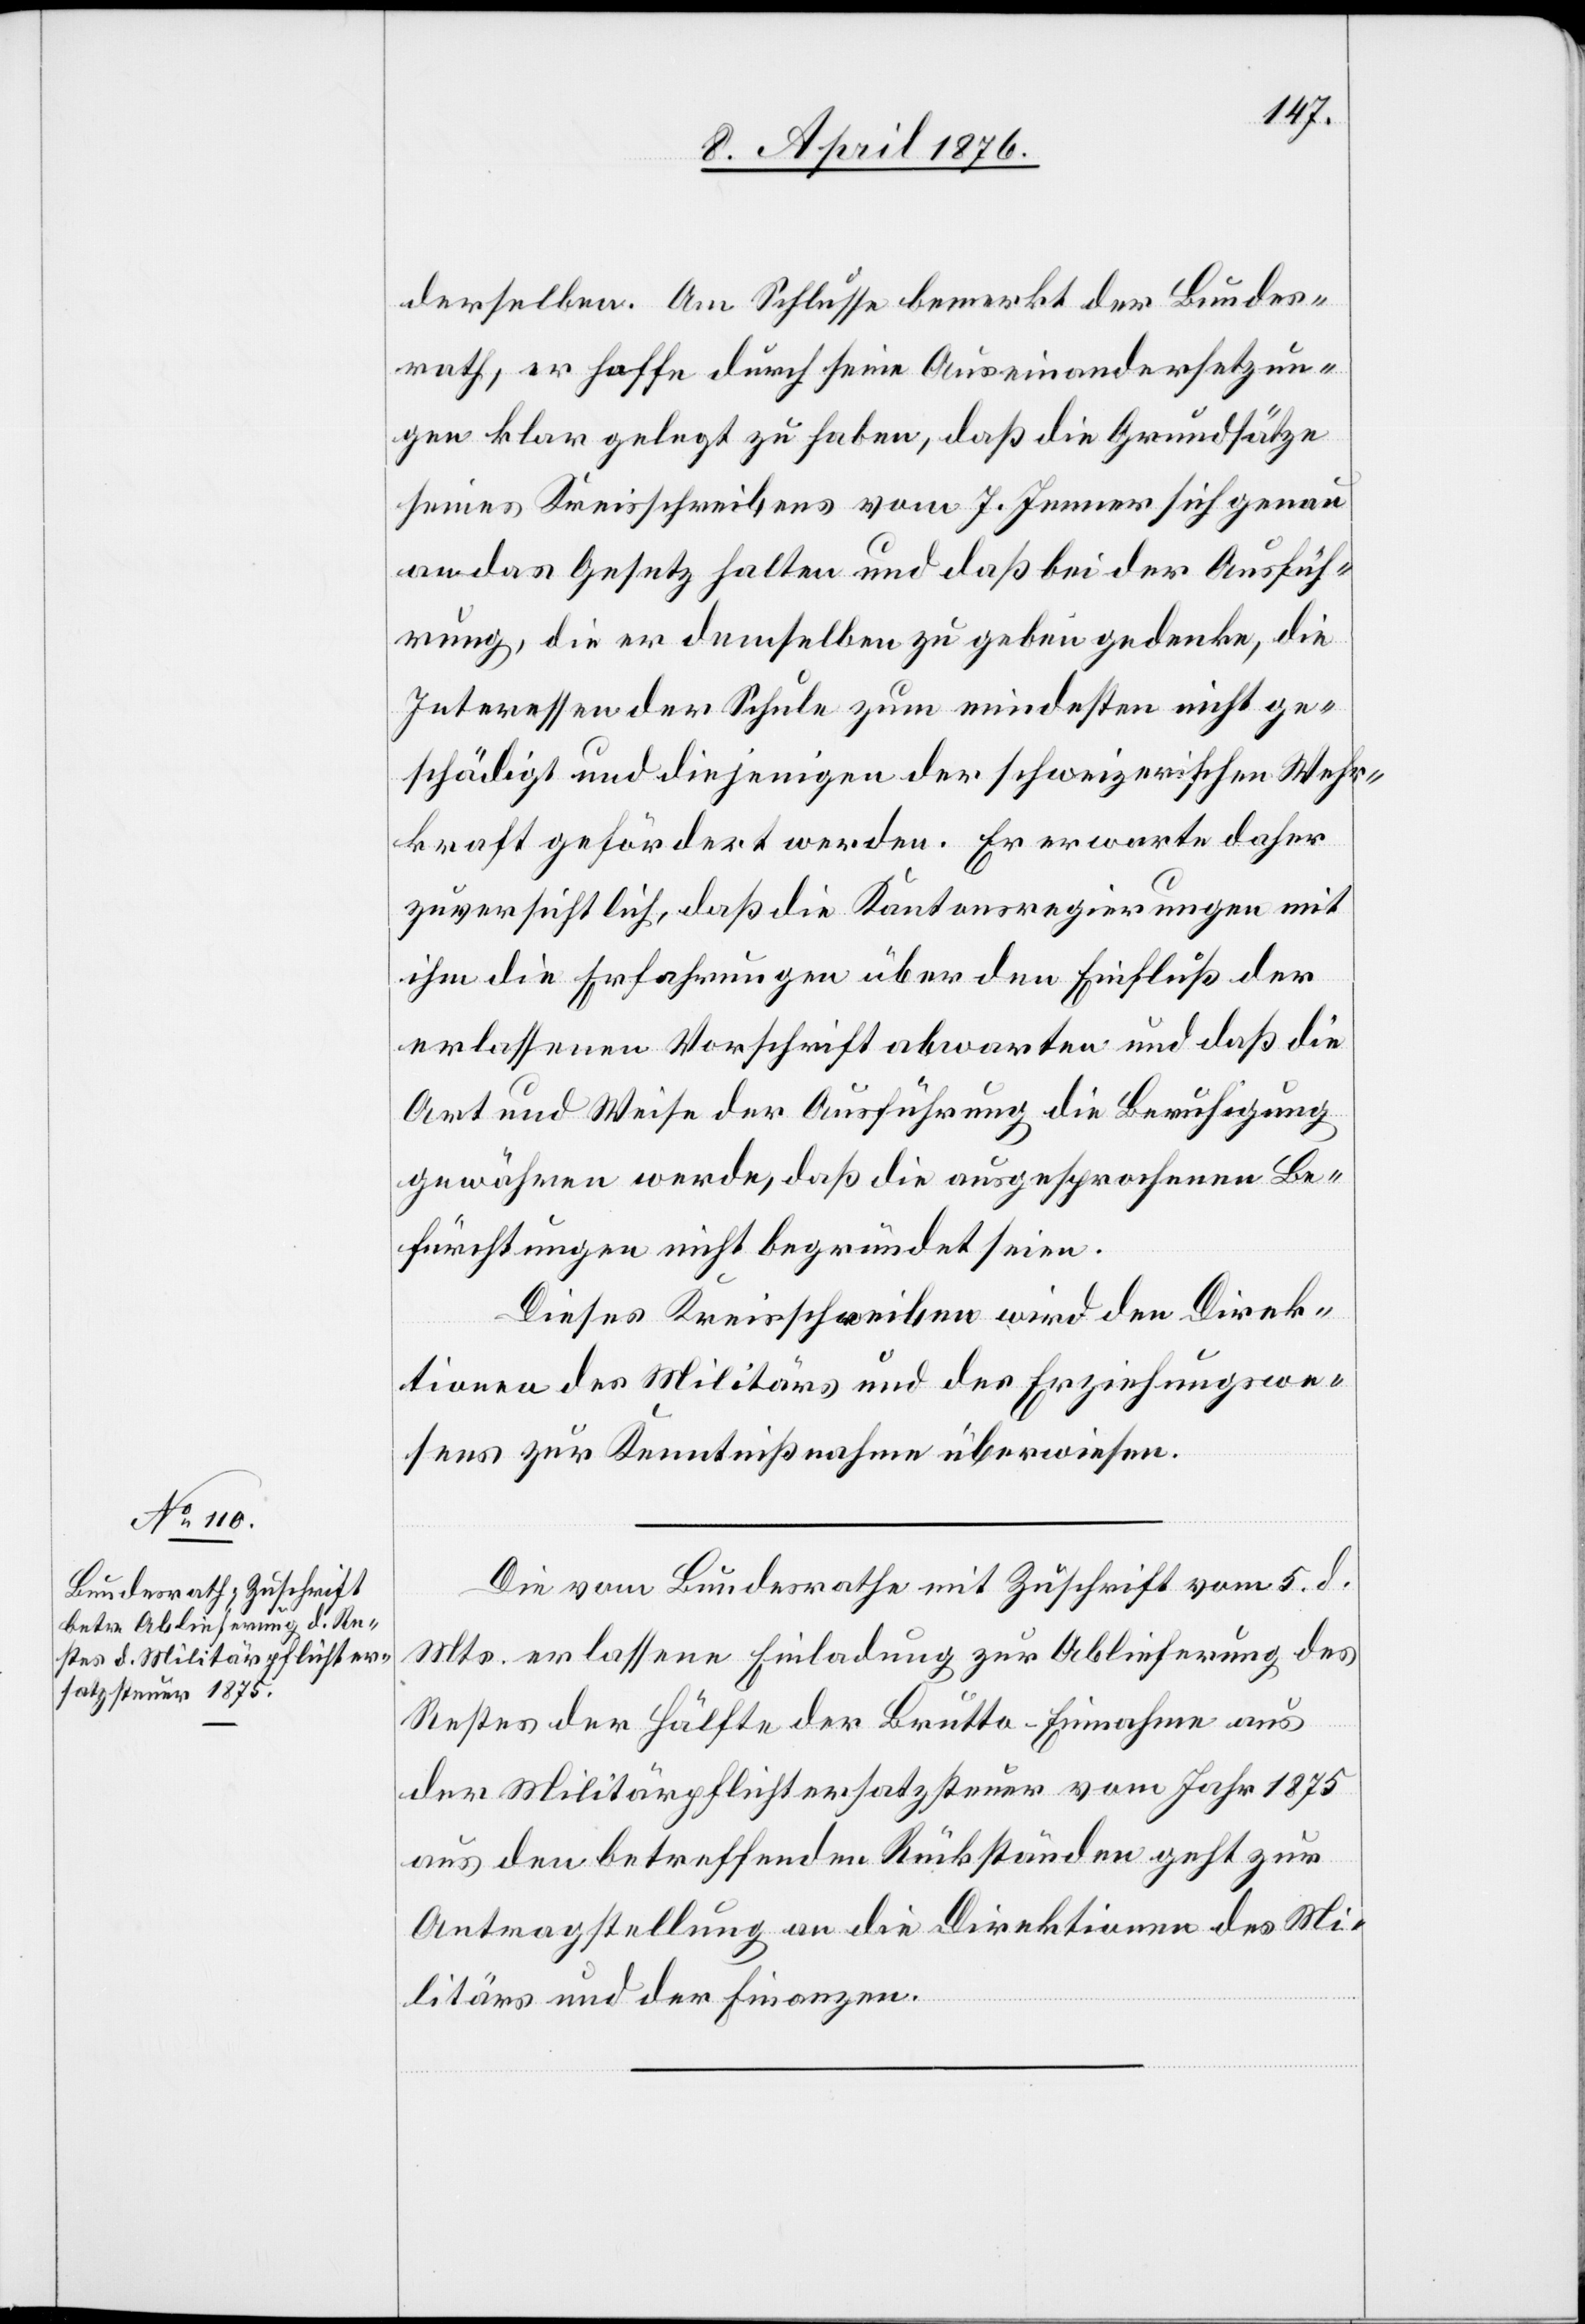
8. April 1876.]
derselben. Am Schlusse bemerkt der Bundes¬
rath, er hoffe durch seine Auseinandersetzun¬
gen klar gelegt zu haben, daß die Grundsätze
seines Kreisschreibens vom 7. Jenner sich genau
an das Gesetz halten und daß bei der Ausfüh¬
rung, die er demselben zu geben gedenke, die
Interessen der Schule zum mindesten nicht ge¬
schädigt und diejenigen der schweizerischen Wehr¬
kraft gefördert werden. Er erwarte daher
zuversichtlich, daß die Kantonsregierungen mit
ihm die Erfahrungen über den Einfluß der
erlassenen Vorschrift abwarten und daß die
Art und Weise der Ausführung die Berichtigung
gewähren werde, daß die ausgesprochenen Be¬
fürchtungen nicht begründet seien.
Dieses Kreisschreiben wird den Direk¬
tionen des Militärs und des Erziehungswe¬
sens zur Kenntnißnahme überwiesen.
Die vom Bundesrathe mit Zuschrift vom 5. d.
Mts. erlassene Einladung zur Ablieferung des
Restes der Hälfte der Brutto-Einnahmen aus
der Militärpflichtersatzsteuer vom Jahr 1875
aus den betreffenden Rückständen geht zur
Antragstellung an die Direktionen des Mi¬
litärs und der Finanzen.